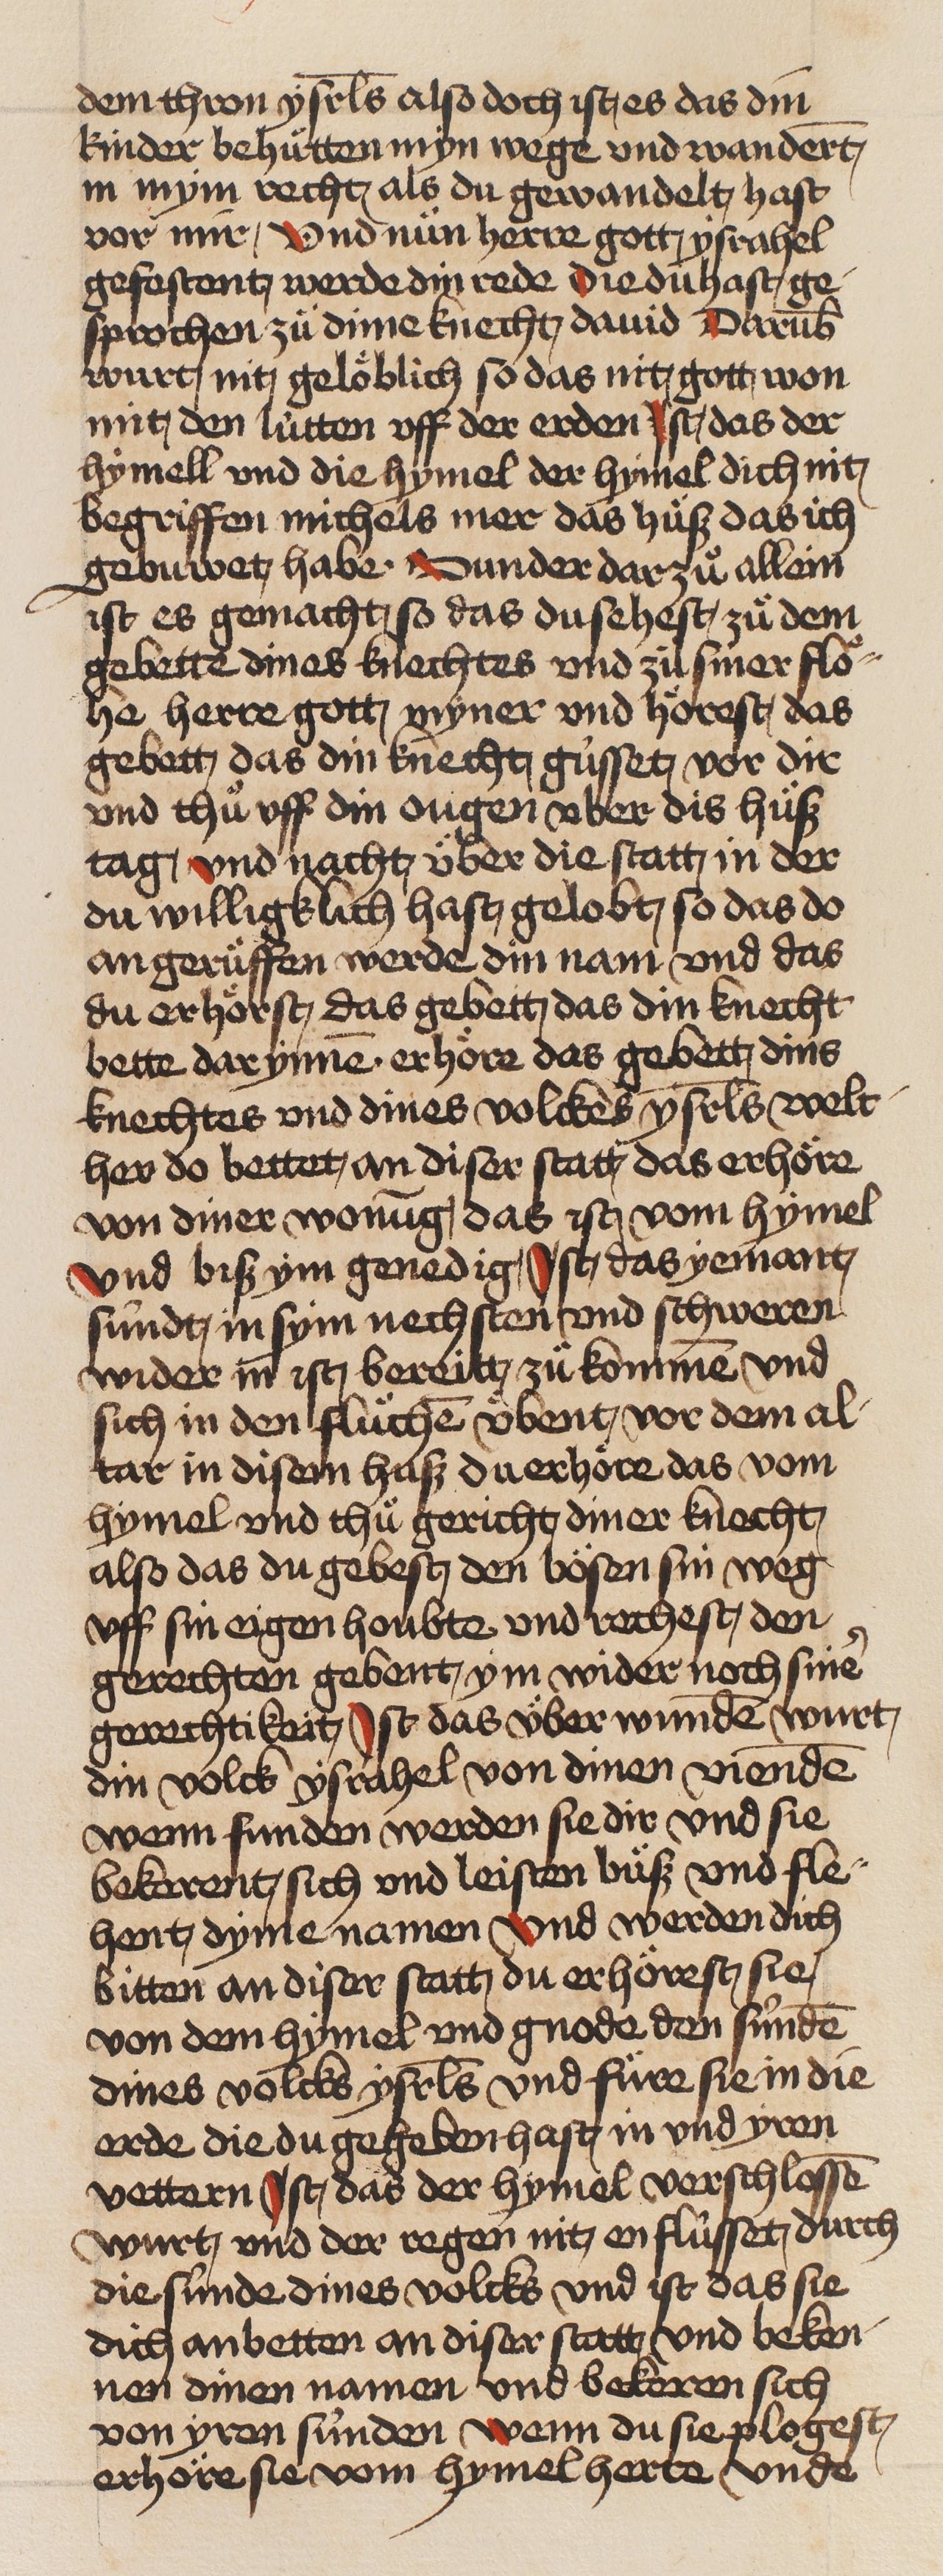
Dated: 1466–1499